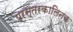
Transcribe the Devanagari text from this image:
प्रस्तरकालिनक